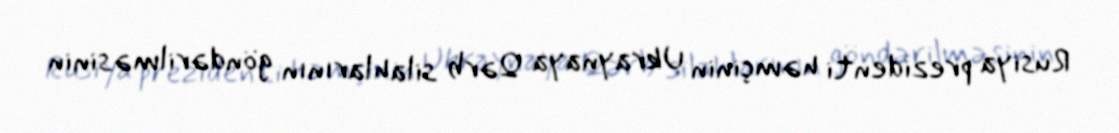
Rusiya prezidenti həmçinin Ukraynaya Qərb silahlarının göndərilməsinin